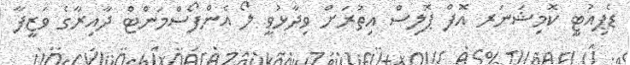
ޑެޕިއުޓީ ކޮމިޝަނަރ އޮފް ޕޮލިސް އިތުރަށް ވިދާޅުވީ ލޯ އެންފޯސްމަންޓް ދާއިރާގެ ވަޒީފާ